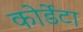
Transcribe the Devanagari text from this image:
कोर्डेटा